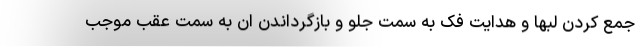
جمع کردن لبها و هدایت فک به سمت جلو و بازگرداندن ان به سمت عقب موجب